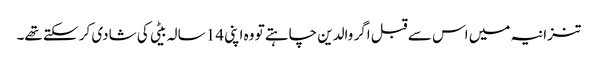
تنزانیہ میں اس سے قبل اگر والدین چاہتے تو وہ اپنی 14 سالہ بیٹی کی شادی کر سکتے تھے۔